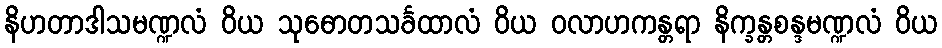
နိဟတာဒါသမဏ္ဍလံ ဝိယ သုဓောတသင်္ခထာလံ ဝိယ ဝလာဟကန္တရာ နိက္ခန္တစန္ဒမဏ္ဍလံ ဝိယ